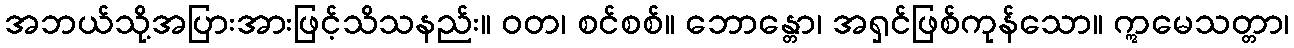
အဘယ်သို့အပြားအားဖြင့်သိသနည်း။ ဝတ၊ စင်စစ်။ ဘောန္တော၊ အရှင်ဖြစ်ကုန်သော။ ဣမေသတ္တာ၊